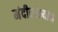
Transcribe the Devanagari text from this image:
मंदीदरम्यान